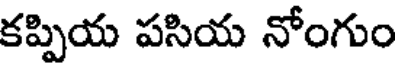
కప్పియ పసియ నోంగుం